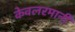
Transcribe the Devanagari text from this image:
केवलरमानी